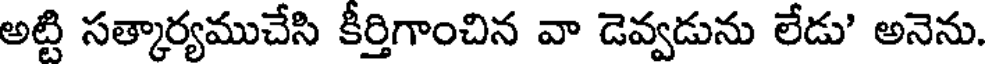
అట్టి సత్కార్యముచేసి కీర్తిగాంచిన వా డెవ్వడును లేడు' అనెను.